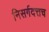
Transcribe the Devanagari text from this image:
निसर्गदत्तच